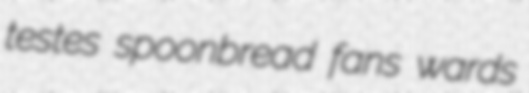
testes spoonbread fans wards